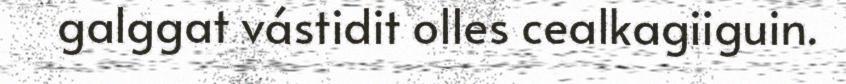
galggat vástidit olles cealkagiiguin.